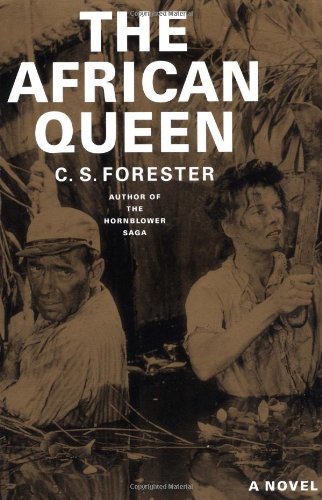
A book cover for The African Queen; C. S. Forester; Literature & Fiction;